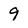
Character: 9